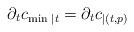
LaTeX: \begin{align*}\partial_t c_{\min \, |t} = \partial_t c_{|(t,p)}\end{align*}